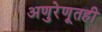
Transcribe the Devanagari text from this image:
अणुरेणूतही